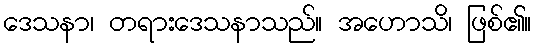
ဒေသနာ၊ တရားဒေသနာသည်။ အဟောသိ၊ ဖြစ်၏။